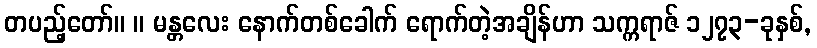
တပည့်တော်။ ။ မန္တလေး နောက်တစ်ခေါက် ရောက်တဲ့အချိန်ဟာ သက္ကရာဇ် ၁၂၇၃-ခုနှစ်,